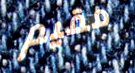
مقيم